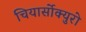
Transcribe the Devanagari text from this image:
चियार्सोक्युरो